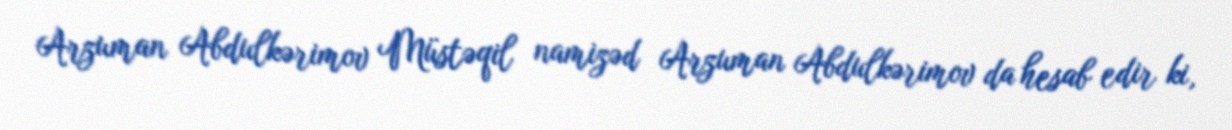
Arzuman Abdulkərimov Müstəqil namizəd Arzuman Abdulkərimov da hesab edir ki,